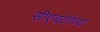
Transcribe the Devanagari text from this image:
सीएचटीच्या